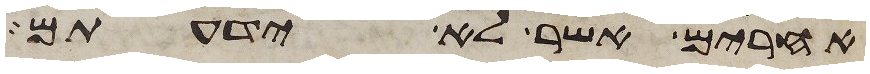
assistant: אחרים אשר לא ידעתם